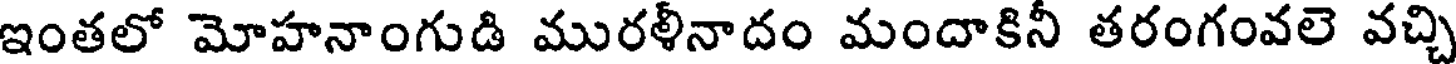
ఇంతలో మోహనాంగుడి మురళీనాదం మందాకినీ తరంగంవలె వచ్చి